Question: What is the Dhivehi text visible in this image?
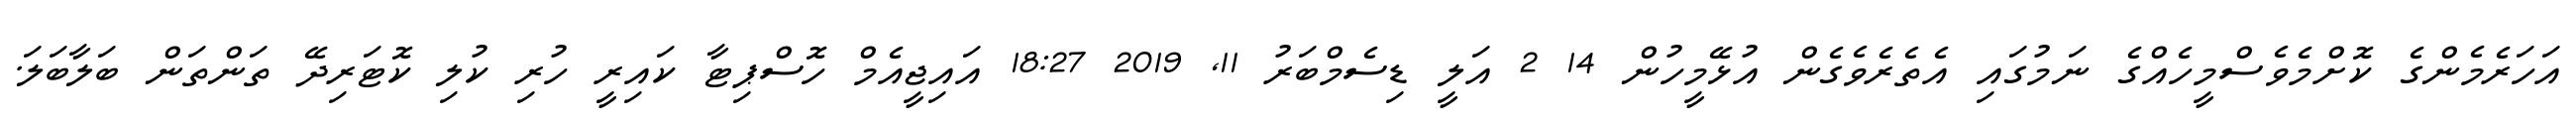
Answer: އަހަރެމެންގެ ކޮށްމެވެސްމީހެއްގެ ނަމުގައި އެތެރެވެގެން އުޅޭމީހުން 14 2 އަލީ ޑިސެމްބަރު 11, 2019 18:27 އައިޖީއެމް ހޮސްޕިޓާ ކައިރީ ހުރި ކުލި ކޮޓަރިދޭ ތަންތަން ބަލާބަލަ.